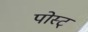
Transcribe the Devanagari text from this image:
पोस्ट्